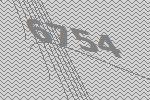
6754